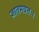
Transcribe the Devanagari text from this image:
जातमग्रतः।